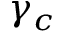
\gamma _ { c }